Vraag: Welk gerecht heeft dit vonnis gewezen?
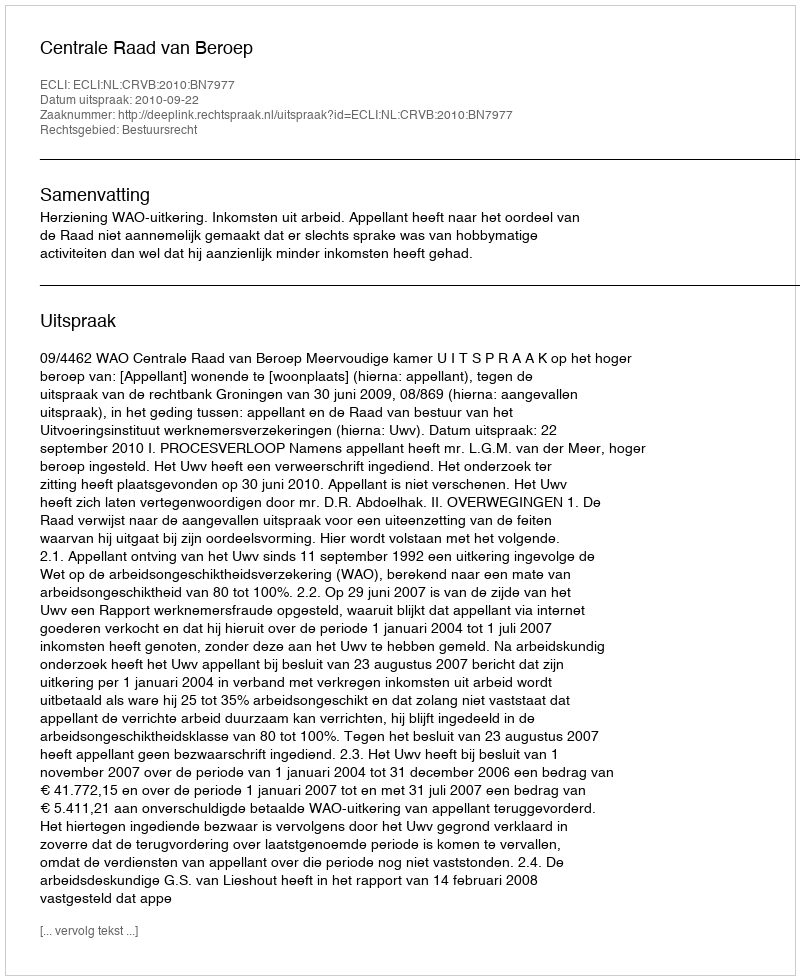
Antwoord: Centrale Raad van Beroep